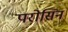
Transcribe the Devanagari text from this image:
परोसिन